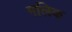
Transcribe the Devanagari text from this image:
गलिक